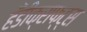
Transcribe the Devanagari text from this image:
हँडीक्राफ्ट्स